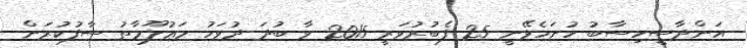
އަންދާސީހިސާބު ހުށަހެޅޭނީ 25 ފެބުރުވަރީ 2015 ވާ ބުދަ ދުވަހު މަޢުލޫމާތު ސާފުކުރަން